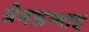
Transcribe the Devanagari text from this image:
प्रेमऊन्माद